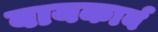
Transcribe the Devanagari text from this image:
बायकार्ब